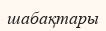
шабақтары